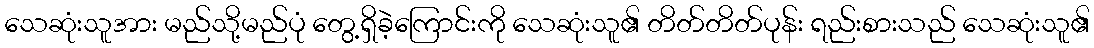
သေဆုံးသူအား မည်သို့မည်ပုံ တွေ့ရှိခဲ့ကြောင်းကို သေဆုံးသူ၏ တိတ်တိတ်ပုန်း ရည်းစားသည် သေဆုံးသူ၏